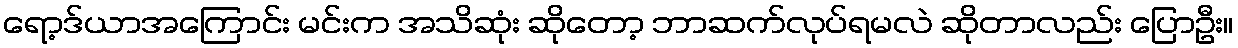
ရော့ဒ်ယာအကြောင်း မင်းက အသိဆုံး ဆိုတော့ ဘာဆက်လုပ်ရမလဲ ဆိုတာလည်း ပြောဦး။